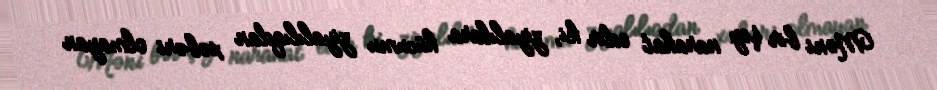
Məni bir şey narahat edir ki, ziyalılara hücumu ziyalılıqdan xəbəri olmayan